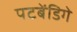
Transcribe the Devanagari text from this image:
पटबेंडिगे